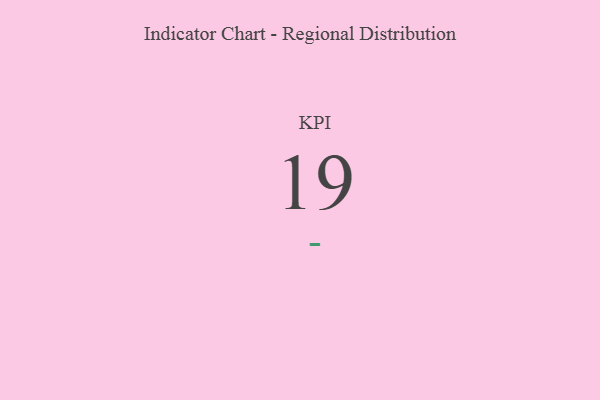
{"axis": {"x": "KPI", "y": "Value"}, "legend": [""], "data": [{"x": "KPI", "y": 19, "type": ""}]}